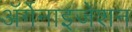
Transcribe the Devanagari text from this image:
ॲर्गेनाइजेशन